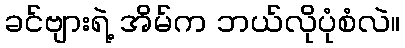
ခင်ဗျားရဲ့ အိမ်က ဘယ်လိုပုံစံလဲ။